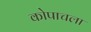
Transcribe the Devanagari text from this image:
कोपाचला